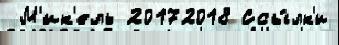
 М'ик'ель 20172018 Ссы́лк'и